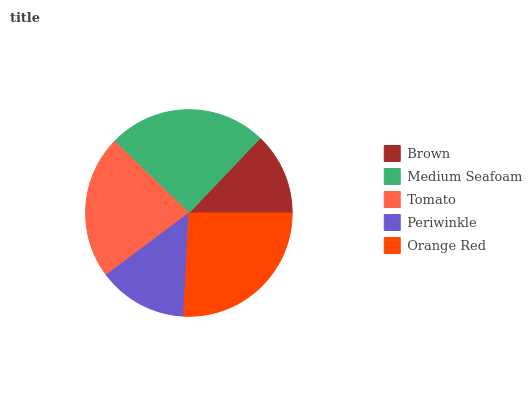
| Brown | Medium Seafoam | Tomato | Periwinkle | Orange Red |
 | --- | --- | --- | --- | --- |
 | 12.9% | 25% | 22.4% | 14% | 25.8% |